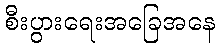
စီးပွားရေးအခြေအနေ